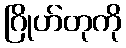
ဂြိုဟ်တုကို